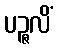
ပဉ္ဇလိံ